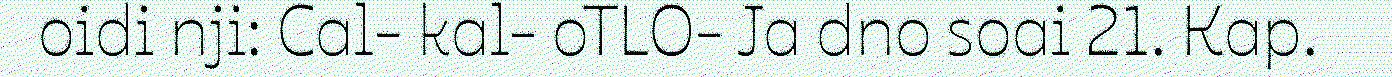
oidi nji: Cal- kal- oTLO- Ja dno soai 21. Kap.